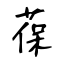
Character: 葆